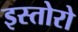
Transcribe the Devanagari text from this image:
इस्तोरो